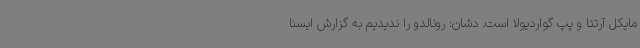
مایکل آرتتا و پپ گواردیولا است. دشان: رونالدو را ندیدیم به گزارش ایسنا